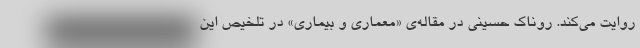
روایت می‌کند. روناک حسینی در مقاله‌ی «معماری و بیماری» در تلخیص این